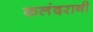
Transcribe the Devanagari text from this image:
कलंदरानी